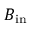
B _ { \mathrm { i n } }